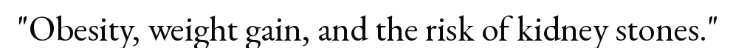
"Obesity, weight gain, and the risk of kidney stones."